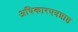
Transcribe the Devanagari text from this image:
अधिकारपत्रप्राप्त